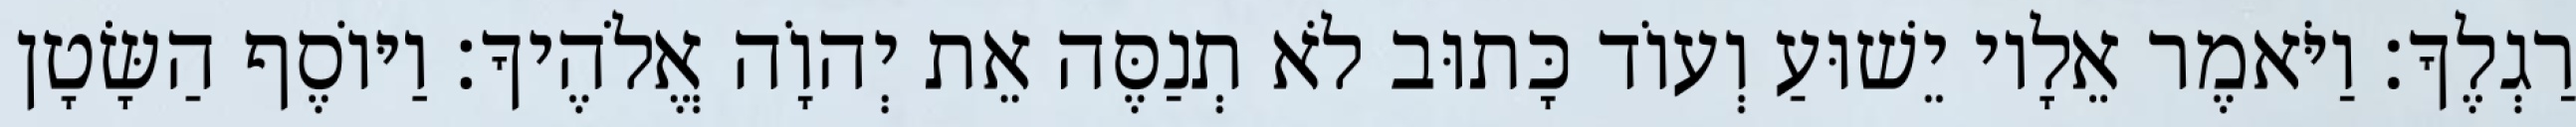
רַגְלֶךָ׃ וַיֹּאמֶר אֵלָיו יֵשׁוּעַ וְעוֹד כָּתוּב לֹא תְנַסֶּה אֵת יְהוָֹה אֱלֹהֶיךָ׃ וַיּוֹסֶף הַשָּׂטָן